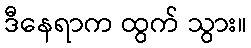
ဒီနေရာက ထွက် သွား။